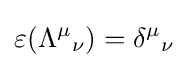
\varepsilon ({\Lambda ^{\mu }}_{\nu })={\delta ^{\mu }}_{\nu }